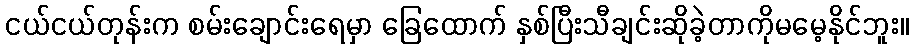
ငယ်ငယ်တုန်းက စမ်းချောင်းရေမှာ ခြေထောက် နှစ်ပြီးသီချင်းဆိုခဲ့တာကိုမမေ့နိုင်ဘူး။